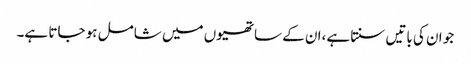
جو ان کی باتیں سنتا ہے،ان کے ساتھیوں میں شامل ہو جاتا ہے۔